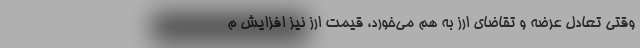
وقتی تعادل عرضه و تقاضای ارز به هم می‌خورد، قیمت ارز نیز افزایش م